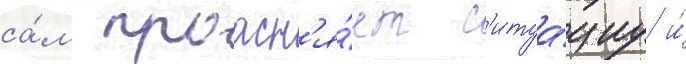
са́м проасн'я́ет с'итуа́циу и́